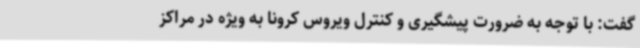
گفت: با توجه به ضرورت پیشگیری و کنترل ویروس کرونا به ویژه در مراکز